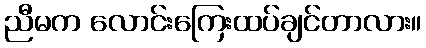
ညီမက လောင်းကြေးထပ်ချင်တာလား။